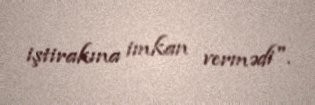
iştirakına imkan vermədi".